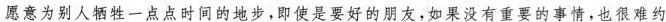
愿意为别人牺牲一点点时间的地步，即使是要好的朋友，如果没有重要的事情，也很难约